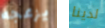
يزعجه لدينا